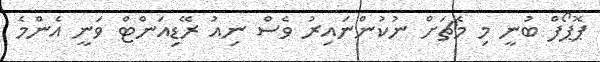
ޕޮޕޯފް ބުނީ މި މެޗަށް ނުކުންނައިރު ވެސް ނިއު ރޭޑިއަންޓް ވަނީ އެންމެ